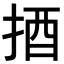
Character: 𢭳